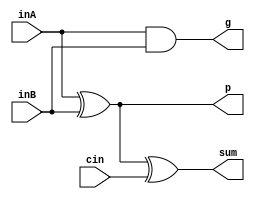
module full_adder_reduced(inA, inB, cin, sum, p, g
    );
	
	// Initialize ports as in/out
	input inA, inB, cin;
	output sum, p, g;
	
	// Logic for g
	// g = ab
	and generator(g, inA, inB);
	
	// Logic for p
	// p = a^b
	xor propagator(p, inA, inB);
	
	// Logic for sum
	// sum = a^b^c = p^c
	xor g0(sum, p, cin);
	
endmodule